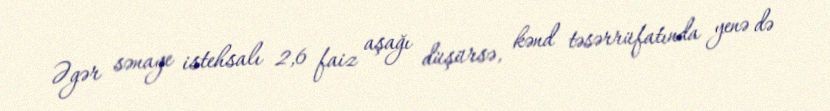
Əgər sənaye istehsalı 2,6 faiz aşağı düşürsə, kənd təsərrüfatında yenə də